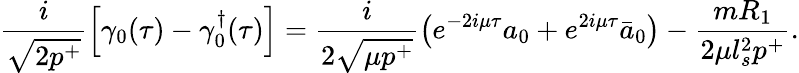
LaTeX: \frac{i}{\sqrt{2p^{+}}}\left[\gamma_{0}(\tau)-{\gamma_{0}^{\dagger}}(\tau)\right]=\frac{i}{2\sqrt{\mu p^{+}}}\left(e^{-2i\mu\tau}a_{0}+e^{2i\mu\tau}\bar{a}_{0}\right)-\frac{mR_{1}}{2\mu l_{s}^{2}p^{+}}.